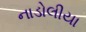
નાડોલીયા